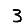
Digit: 3